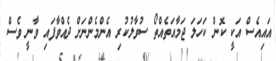
އައިއެސް އަކީ ކޮން ކަހަލަ ޖަމާއަތެއްތޯ ސުވާލުކުރި އެންމެންނަށް ދެއްވާފައި ވާނީ ވެސް